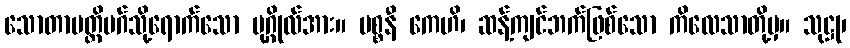
သောတာပတ္တိမဂ်သို့ရောက်သော ပုဂ္ဂိုလ်အား။ ပစ္စနီ ကေဟိ၊ ဆန့်ကျင်ဘက်ဖြစ်သော ကိလေသာတို့မှ။ သုဋ္ဌု၊